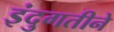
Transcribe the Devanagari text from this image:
इंदुगतीने